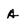
Character: A